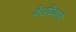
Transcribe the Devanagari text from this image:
केअधिकारी